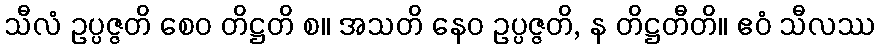
သီလံ ဥပ္ပဇ္ဇတိ စေဝ တိဋ္ဌတိ စ။ အသတိ နေဝ ဥပ္ပဇ္ဇတိ, န တိဋ္ဌတီတိ။ ဧဝံ သီလဿ